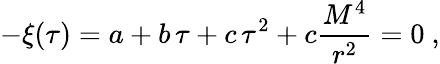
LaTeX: -\xi(\tau)=a+b\, \tau+c\, \tau^{2}+c\frac{M^{4}}{r^{2}}=0\ ,